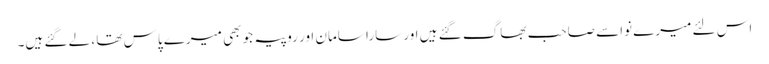
اس لئے میرے نواسے صاحب بھاگ گئے ہیں اور سارا سامان اور روپیہ جو بھی میرے پاس تھا ، لے گئے ہیں۔